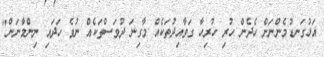
އަޅުގަނޑުމެންނަށް ހެދެން ހުރި ހުރިހާ ގަވާއިދުތަކެއް މާގިނަ ދުވަސްތަކެއް ނުވެ ހަދައި ނިންމާނަން"